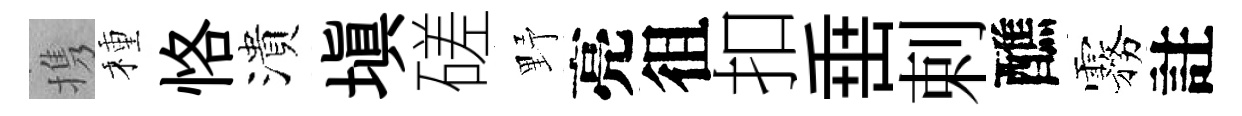
携種恪潰塡磋野亮徂扣𡸁剌醮霧註